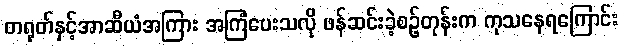
တရုတ်နှင့်အာဆီယံအကြား အကြံပေးသလို ဖန်ဆင်းခဲ့စဉ်တုန်းက ကုသနေရကြောင်း